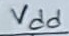
Text: Vdd